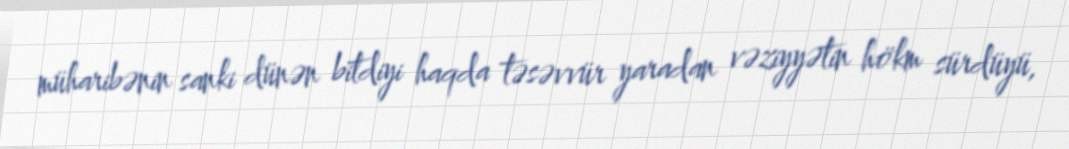
müharibənin sanki dünən bitdiyi haqda təsəvvür yaradan vəziyyətin hökm sürdüyü,